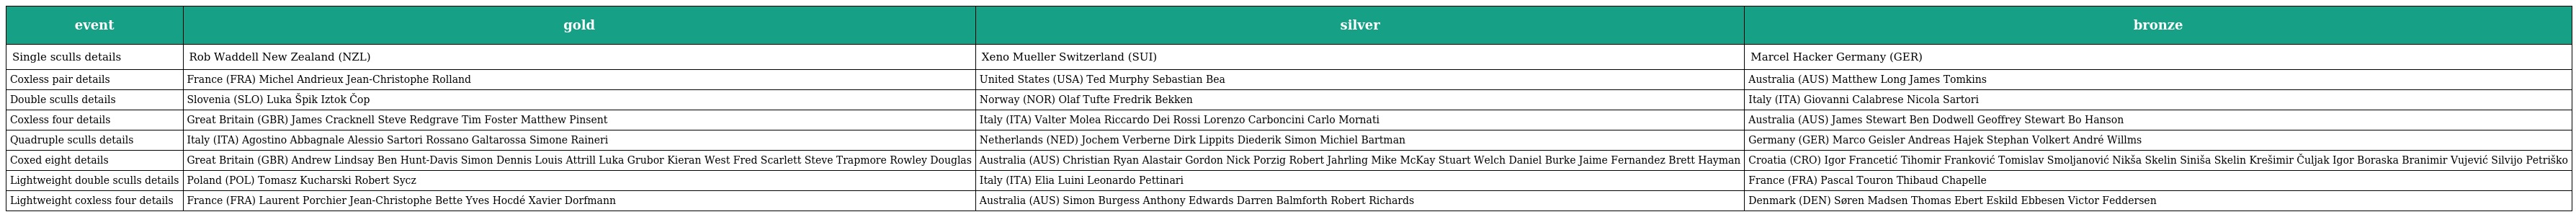
| event | gold | silver | bronze |
 | --- | --- | --- | --- |
 | Single sculls details | Rob Waddell New Zealand (NZL) | Xeno Mueller Switzerland (SUI) | Marcel Hacker Germany (GER) |
 | Coxless pair details | France (FRA) Michel Andrieux Jean-Christophe Rolland | United States (USA) Ted Murphy Sebastian Bea | Australia (AUS) Matthew Long James Tomkins |
 | Double sculls details | Slovenia (SLO) Luka Špik Iztok Čop | Norway (NOR) Olaf Tufte Fredrik Bekken | Italy (ITA) Giovanni Calabrese Nicola Sartori |
 | Coxless four details | Great Britain (GBR) James Cracknell Steve Redgrave Tim Foster Matthew Pinsent | Italy (ITA) Valter Molea Riccardo Dei Rossi Lorenzo Carboncini Carlo Mornati | Australia (AUS) James Stewart Ben Dodwell Geoffrey Stewart Bo Hanson |
 | Quadruple sculls details | Italy (ITA) Agostino Abbagnale Alessio Sartori Rossano Galtarossa Simone Raineri | Netherlands (NED) Jochem Verberne Dirk Lippits Diederik Simon Michiel Bartman | Germany (GER) Marco Geisler Andreas Hajek Stephan Volkert André Willms |
 | Coxed eight details | Great Britain (GBR) Andrew Lindsay Ben Hunt-Davis Simon Dennis Louis Attrill Luka Grubor Kieran West Fred Scarlett Steve Trapmore Rowley Douglas | Australia (AUS) Christian Ryan Alastair Gordon Nick Porzig Robert Jahrling Mike McKay Stuart Welch Daniel Burke Jaime Fernandez Brett Hayman | Croatia (CRO) Igor Francetić Tihomir Franković Tomislav Smoljanović Nikša Skelin Siniša Skelin Krešimir Čuljak Igor Boraska Branimir Vujević Silvijo Petriško |
 | Lightweight double sculls details | Poland (POL) Tomasz Kucharski Robert Sycz | Italy (ITA) Elia Luini Leonardo Pettinari | France (FRA) Pascal Touron Thibaud Chapelle |
 | Lightweight coxless four details | France (FRA) Laurent Porchier Jean-Christophe Bette Yves Hocdé Xavier Dorfmann | Australia (AUS) Simon Burgess Anthony Edwards Darren Balmforth Robert Richards | Denmark (DEN) Søren Madsen Thomas Ebert Eskild Ebbesen Victor Feddersen |